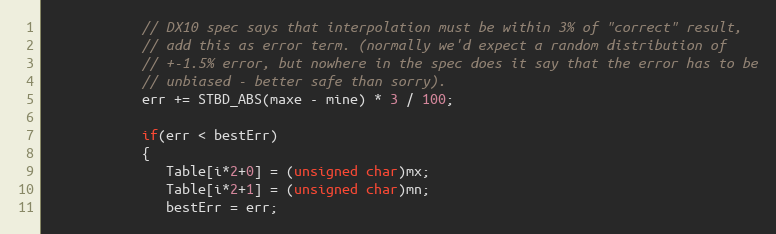
Language: C
            // DX10 spec says that interpolation must be within 3% of "correct" result,
            // add this as error term. (normally we'd expect a random distribution of
            // +-1.5% error, but nowhere in the spec does it say that the error has to be
            // unbiased - better safe than sorry).
            err += STBD_ABS(maxe - mine) * 3 / 100;

            if(err < bestErr)
            {
               Table[i*2+0] = (unsigned char)mx;
               Table[i*2+1] = (unsigned char)mn;
               bestErr = err;